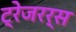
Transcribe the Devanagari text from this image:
ट्रेजरर्स